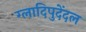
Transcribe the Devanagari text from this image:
ग्लादिपुदेंदल